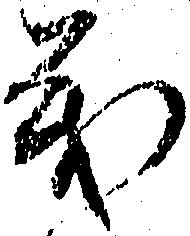
義